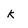
Character: K